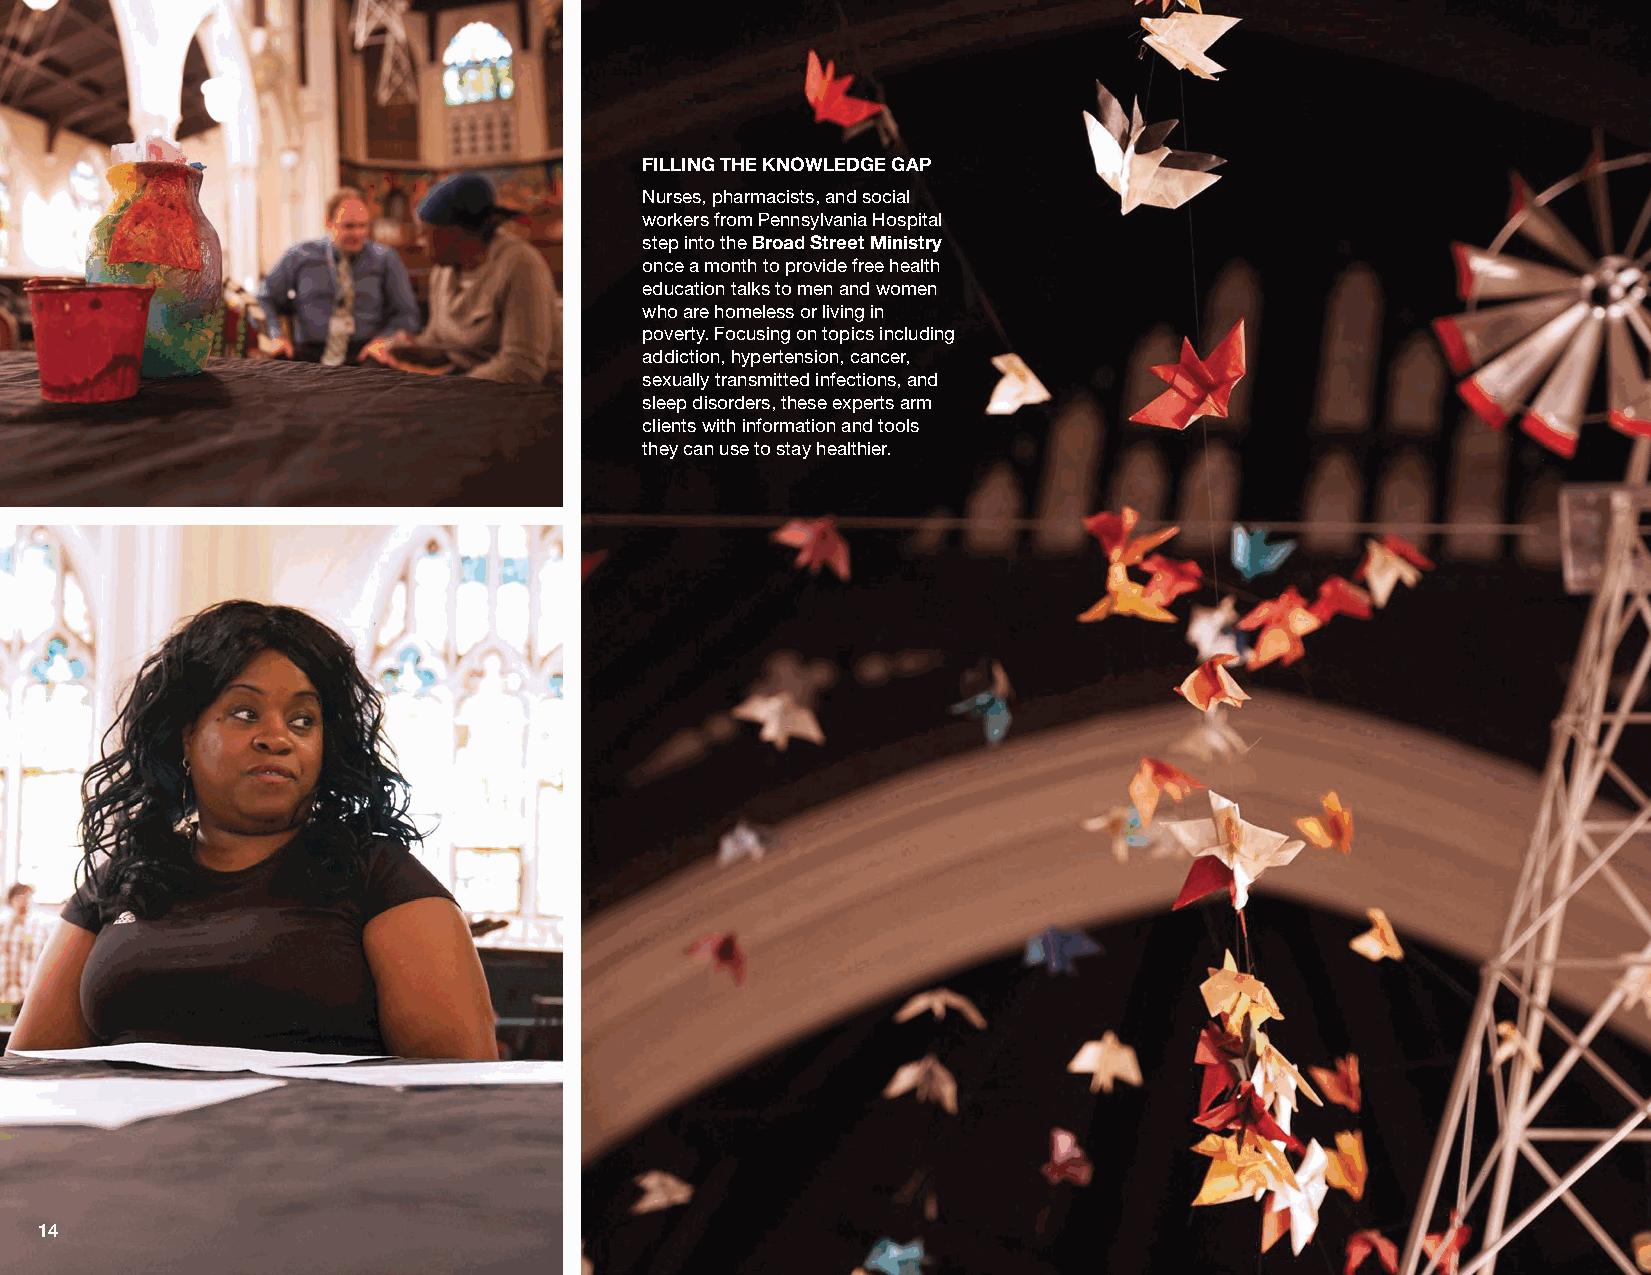
FILLING THE KNOWLEDGE GAP
 Nurses, pharmacists, and social
 workers from Pennsylvania Hospital
 step into the Broad Street Ministry
 once a month to provide free health
 education talks to men and women
 who are homeless or living in
 poverty. Focusing on topics including
 addiction, hypertension, cancer,
 sexually transmitted infections, and
 sleep disorders, these experts arm
 clients with information and tools
 they can use to stay healthier.
 14